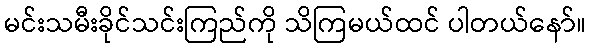
မင်းသမီးခိုင်သင်းကြည်ကို သိကြမယ်ထင် ပါတယ်နော်။